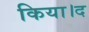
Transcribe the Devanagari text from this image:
किया।द